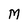
Character: M